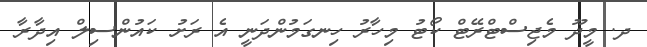
ދ. މީދޫ މެޖިސްޓްރޭޓް ކޯޓު މިހާރު ހިނގަމުންދަނީ އެ ރަށު ކައުންސިލް އިދާރާ